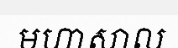
មហាសាល